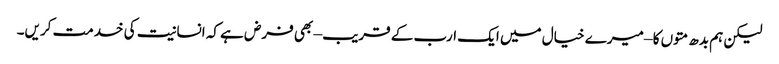
لیکن ہم بدھ متوں کا – میرے خیال میں ایک ارب کے قریب – بھی فرض ہے کہ انسانیت کی خدمت کریں۔